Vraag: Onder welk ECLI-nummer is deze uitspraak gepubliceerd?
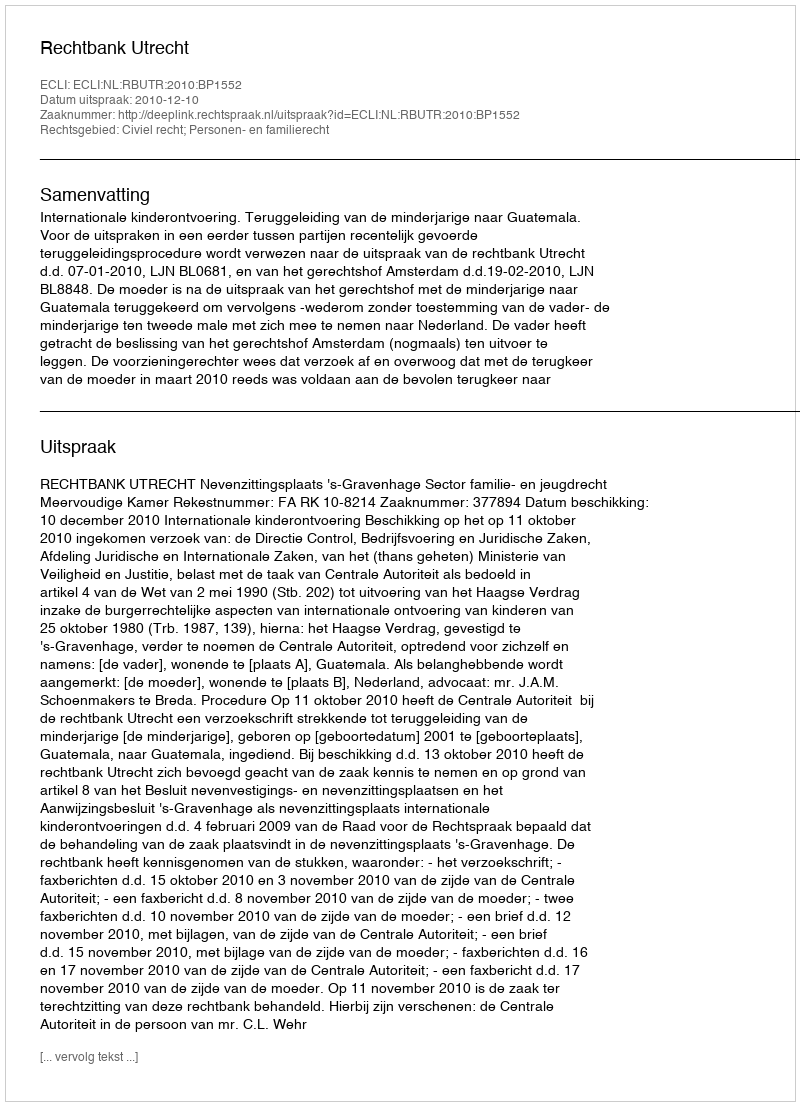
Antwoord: ECLI:NL:RBUTR:2010:BP1552